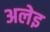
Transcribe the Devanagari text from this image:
अलेइ